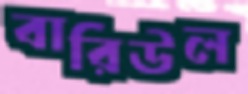
বারিউল